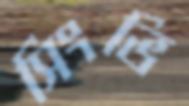
সিংভি